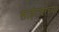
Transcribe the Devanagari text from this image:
साईटवरच्या